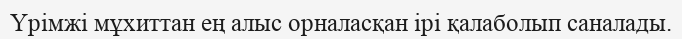
Үрімжі мұхиттан ең алыс орналасқан ірі қалаболып саналады.